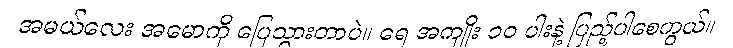
အမယ်လေး အမောကို ပြေသွားတာပဲ။ ရေ အကျိုး ၁၀ ပါးနဲ့ ပြည့်ပါစေကွယ်။